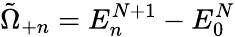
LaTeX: \tilde{\Omega}_{+n}=E_{n}^{N+1}-E_{0}^{N}